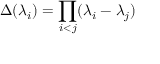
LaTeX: \Delta ( \lambda _ { i } ) = \prod _ { i < j } ( \lambda _ { i } - \lambda _ { j } )